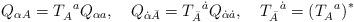
LaTeX: \begin{align*}Q_{\alpha A}=T_A^{\,\,\,\,a}Q_{\alpha a},\quad Q_{\dot{\alpha}\bar{A}}=T_{\bar{A}}^{\,\,\,\,\dot{a}}Q_{\dot{\alpha}\dot{a}},\quad T_{\bar{A}}^{\,\,\,\,\dot{a}}=\left( T_A^{\,\,\,\,a}\right) ^{*}\end{align*}